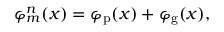
\varphi _ { m } ^ { n } ( x ) = \varphi _ { \mathrm { p } } ( x ) + \varphi _ { \mathrm { g } } ( x ) ,